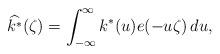
LaTeX: \begin{align*}\widehat{k^*}(\zeta) = \int_{-\infty}^\infty k^*(u) e(-u \zeta) \, d u,\end{align*}